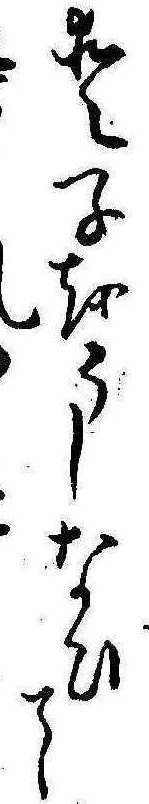
愛子をうしなひて